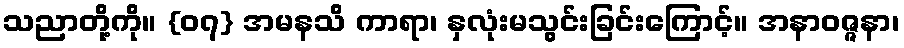
သညာတို့ကို။ {၀၇} အမနသိ ကာရာ၊ နှလုံးမသွင်းခြင်းကြောင့်။ အနာဝဇ္ဇနာ၊